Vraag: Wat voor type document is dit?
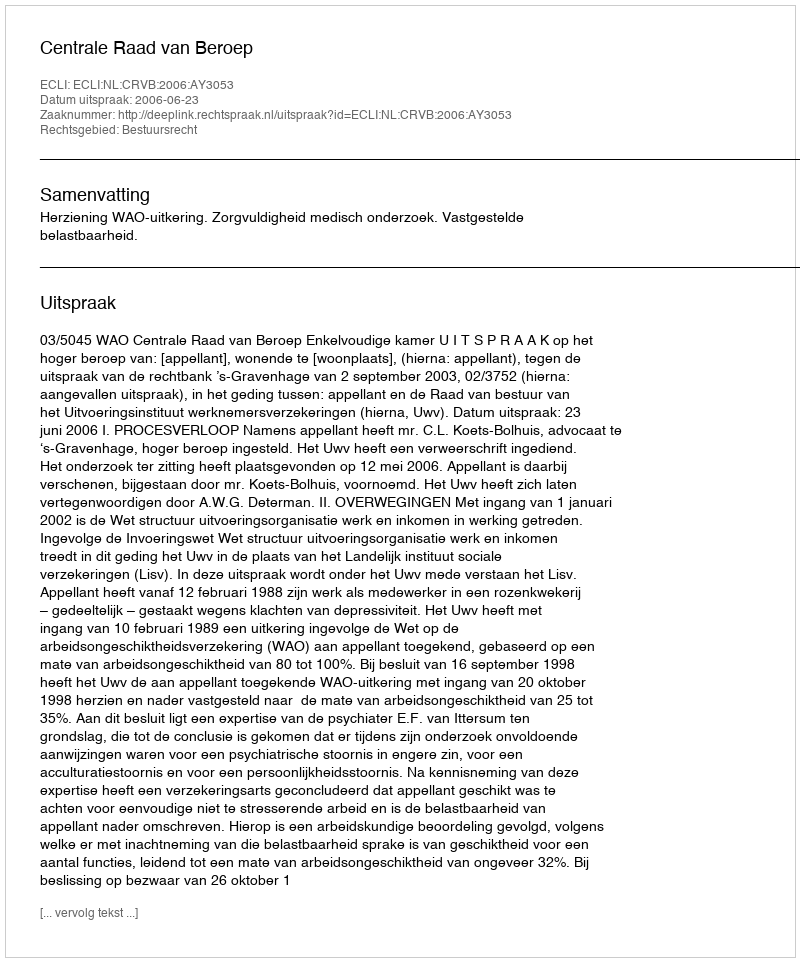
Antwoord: Uitspraak